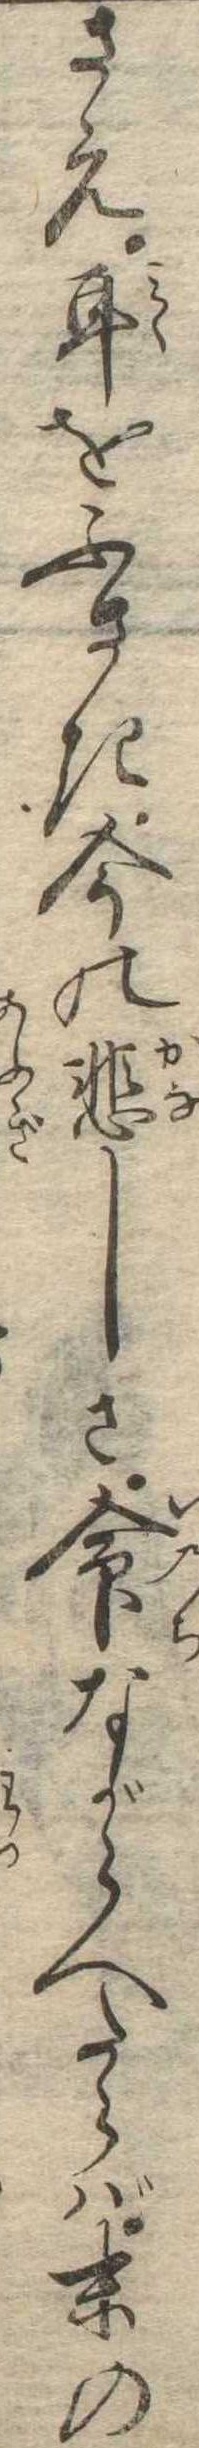
さえ耳をふさき今の悲しさ命ながらへたらば末の